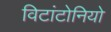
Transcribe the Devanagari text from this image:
विटांटोनियो